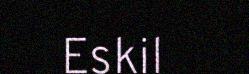
Eskil